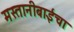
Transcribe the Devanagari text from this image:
मस्तानीबाईंचा